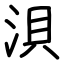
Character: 浿